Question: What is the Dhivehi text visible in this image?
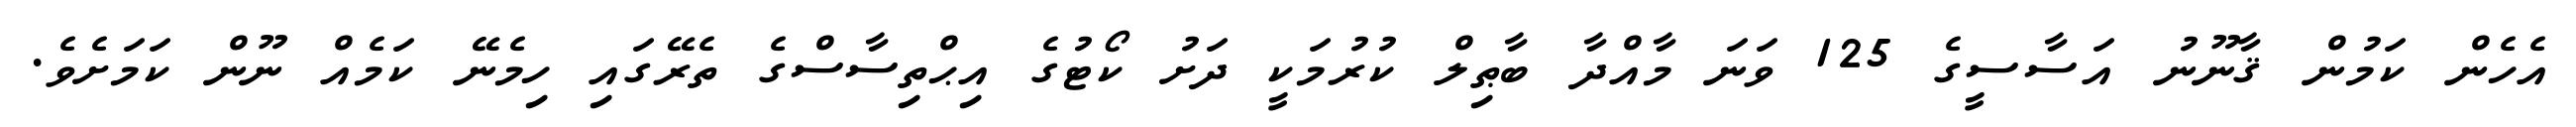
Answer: އެހެން ކަމުން ޤާނޫނު އަސާސީގެ 125 ވަނަ މާއްދާ ބާޠިލް ކުރުމަކީ ދަށު ކޯޓުގެ އިޙްތިސާސްގެ ތެރޭގައި ހިމެނޭ ކަމެއް ނޫން ކަމަށެވެ.